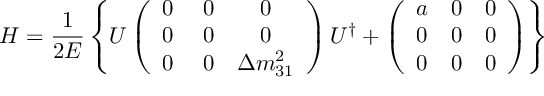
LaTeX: H = \frac { 1 } { 2 E } \left\{ U \left( \begin{array} { c c c } { { 0 } } & { { \; 0 } } & { { 0 } } \\ { { 0 } } & { { \; 0 } } & { { 0 } } \\ { { 0 } } & { { \; 0 } } & { { \Delta m _ { 3 1 } ^ { 2 } } } \end{array} \right) U ^ { \dagger } + \left( \begin{array} { c c c } { { a } } & { { 0 } } & { { 0 } } \\ { { 0 } } & { { 0 } } & { { 0 } } \\ { { 0 } } & { { 0 } } & { { 0 } } \end{array} \right) \right\}